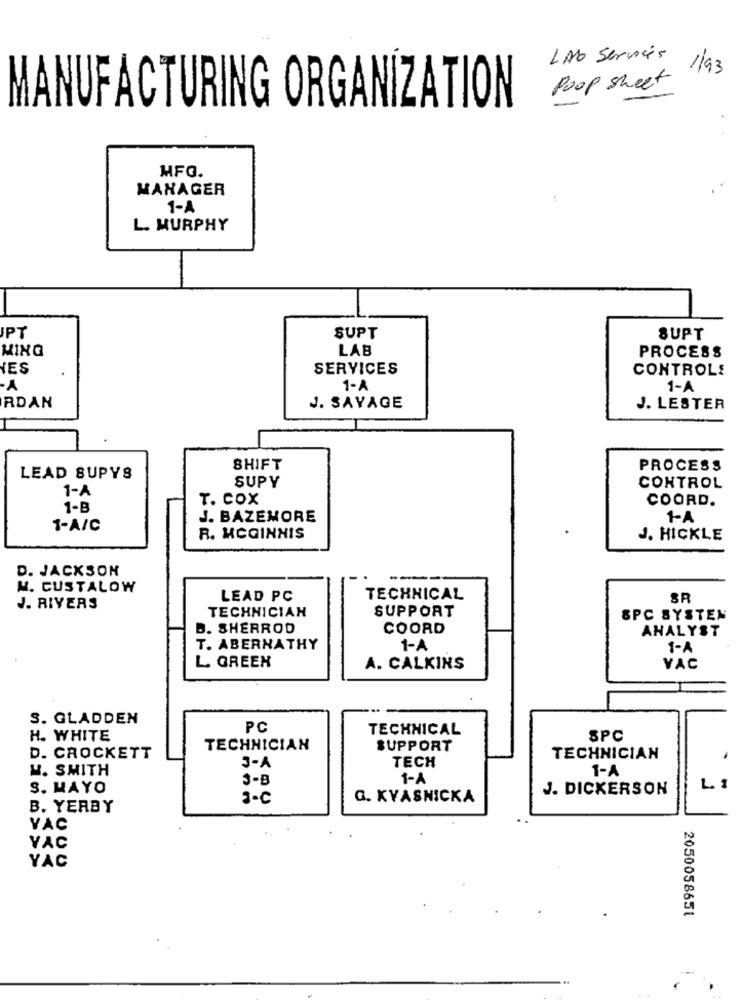
LAb Services
1/93
Poop sheet
MANUFACTURING ORGANIZATION
MFG.
MANAGER
1-A
L. MURPHY
IPT
SUPT
SUPT
MING
LAB
PROCESS
YES
SERVICES
CONTROLE
1-A
1-A
J. SAVAGE
RDAN
J. LESTER
SHIFT
PROCESS
LEAD SUPYS
SUPY
1-A
CONTROL
T. COX
COORD.
1-B
J. BAZEMORE
1-A
1-A/C
R. MCGINNIS
J. HICKLE
D. JACKSON
M. CUSTALOW
LEAD PC
TECHNICAL
SR
J. RIVERS
TECHNICIAN
SUPPORT
SPC SYSTEN
D. SHERROD
COORD
ANALYST
T. ABERNATHY
1-A
1-A
L. GREEN
A. CALKINS
VAC
S. GLADDEN
PC
TECHNICAL
H. WHITE
SPC
TECHNICIAN
SUPPORT
D. CROCKETT
TECH
TECHNICIAN
W. SMITH
3-A
1-A
J-B
1-A
S. MAYO
J. DICKERSON
L. 1
3-C
G. KVASNICKA
B. YERBY
VAC
VAC
YAC
2050058651